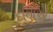
દાતાએ